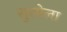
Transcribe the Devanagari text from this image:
सुरमेला